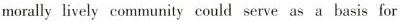
morally lively community could serve as a basis for